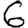
Digit: 6